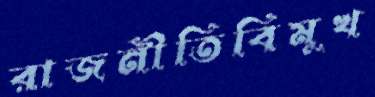
রাজনীতিবিমুখ